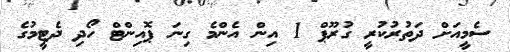
ސެމީއަށް ދަތުރުކުރީ ގުރޫޕް 1 އިން އެންމެ ގިނަ ޕޮއިންޓް ހޯދި ދެޓީމުގެ